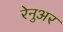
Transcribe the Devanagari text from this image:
रेनुअर